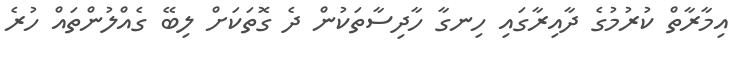
އިމާރާތް ކުރުމުގެ ދާއިރާގައި ހިނގާ ހާދިސާތަކުން ދެ ގޮތަކަށް ލިބޭ ގެއްލުންތައް ހުރެ